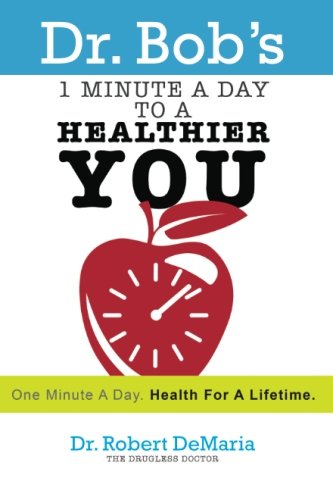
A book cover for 1 Minute a Day to a Healthier You; Robert DeMaria; Health, Fitness & Dieting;